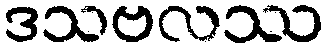
ဒသဗလဿ